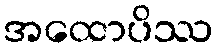
အထောပိဿ